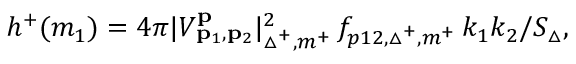
h ^ { + } ( m _ { 1 } ) = 4 \pi | V _ { \mathbf { p } _ { 1 } , \mathbf { p } _ { 2 } } ^ { \mathbf { p } } | _ { \triangle ^ { + } , m ^ { + } } ^ { 2 } \, f _ { p 1 2 , \triangle ^ { + } , m ^ { + } } \, k _ { 1 } k _ { 2 } / S _ { \triangle } ,